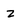
Character: Z